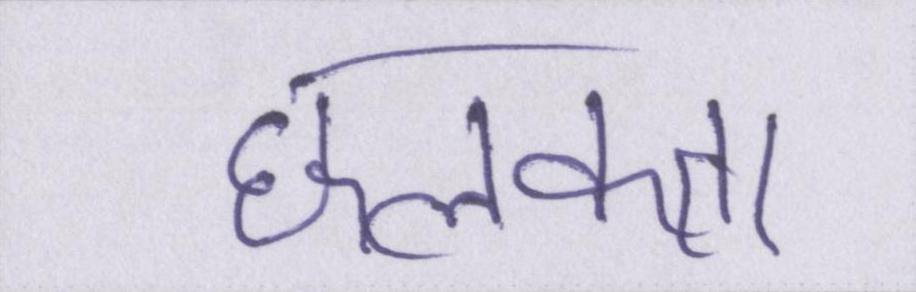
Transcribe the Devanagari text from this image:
छलकता